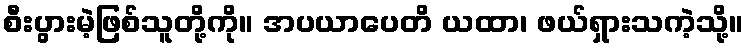
စီးပွားမဲ့ဖြစ်သူတို့ကို။ အပယာပေတိ ယထာ၊ ဖယ်ရှားသကဲ့သို့။